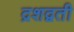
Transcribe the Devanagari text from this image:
द्रशद्वती